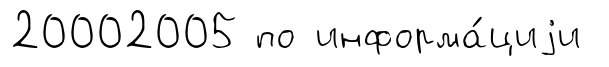
20002005 по информа́циjи